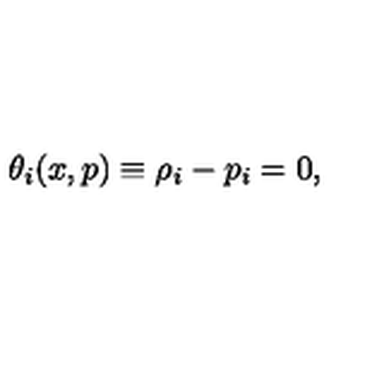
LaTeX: \theta _ { i } ( x , p ) \equiv \rho _ { i } - p _ { i } = 0 ,